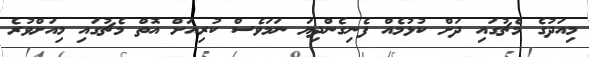
މިއަދުގެ މެޗުގައި ދަށް ކުޅުމެއް ފެނިގެންދިޔަ ނަމަވެސް ކުރިއަށް އޮތް މެޗުގައި މިއަށްވުރެ